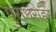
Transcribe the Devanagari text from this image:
पुराधरोहर